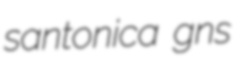
santonica gns